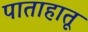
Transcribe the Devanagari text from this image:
पाताहातू